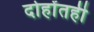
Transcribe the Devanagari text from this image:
दोहोंतही